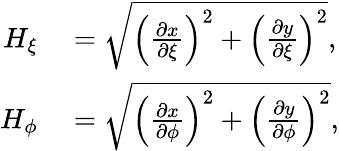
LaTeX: \begin{array}{rl}{H_{\xi}}&{{}=\sqrt{\left(\frac{\partial x}{\partial\xi}\right)^{2}+\left(\frac{\partial y}{\partial\xi}\right)^{2}},}\\ {H_{\phi}}&{{}=\sqrt{\left(\frac{\partial x}{\partial\phi}\right)^{2}+\left(\frac{\partial y}{\partial\phi}\right)^{2}},}\end{array}